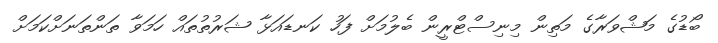
ބޯޑުގެ މަޝްވަރާގެ މަތިން މިނިސްޓްރީން ބެލުމަށް ފަހު ކަނޑައަޅާ ޝަރުތުތައް ހަމަވާ ތަންތަނަށްކަމަށް